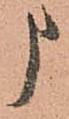
申